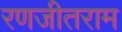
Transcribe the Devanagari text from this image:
रणजीतराम